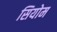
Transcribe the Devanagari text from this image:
सियोम